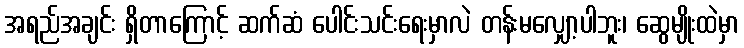
အရည်အချင်း ရှိတာကြောင့် ဆက်ဆံ ပေါင်းသင်းရေးမှာလဲ တန်းမလျှော့ပါဘူး၊ ဆွေမျိုးထဲမှာ